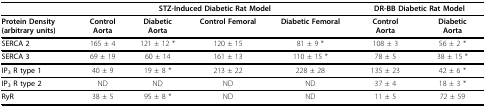
|  | <COLSPAN=4> STZ-Induced Diabetic Rat Model | <COLSPAN=2> DR-BB Diabetic Rat Model |
 | --- | --- | --- | --- | --- | --- | --- |
 | Protein Density(arbitrary units) | ControlAorta | DiabeticAorta | Control Femoral | Diabetic Femoral | ControlAorta | DiabeticAorta |
 | SERCA 2 | 165 ± 4 | 121 ± 12 * | 120 ± 15 | 81 ± 9 * | 108 ± 3 | 56 ± 2 * |
 | SERCA 3 | 69 ± 19 | 60 ± 14 | 161 ± 13 | 110 ± 15 * | 78 ± 5 | 38 ± 15 * |
 | IP3 R type 1 | 40 ± 9 | 19 ± 8 * | 213 ± 22 | 228 ± 28 | 135 ± 23 | 42 ± 6 * |
 | IP3 R type 2 | ND | ND | ND | ND | 37 ± 4 | 18 ± 3 * |
 | RyR | 38 ± 5 | 95 ± 8 * | ND | ND | 11 ± 5 | 72 ± 59 |